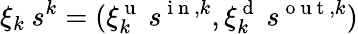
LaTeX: \xi_{k}\: s^{k}=(\xi_{k}^{\mathrm{~u~}}\: s^{\mathrm{~i~n~},k},\xi_{k}^{\mathrm{~d~}}\: s^{\mathrm{~o~u~t~},k})